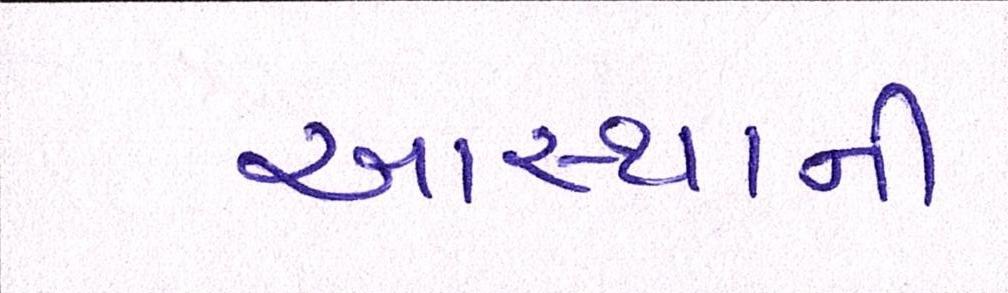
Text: આસ્થાની